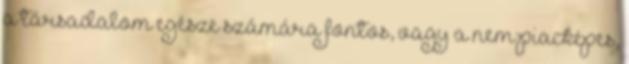
a társadalom egésze számára fontos, vagy a nem piacképes,